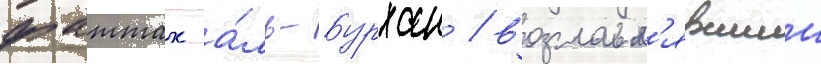
фаттах а́ль-бурхан / возглавл'явшии